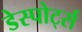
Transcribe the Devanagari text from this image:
डेस्पोर्ट्स